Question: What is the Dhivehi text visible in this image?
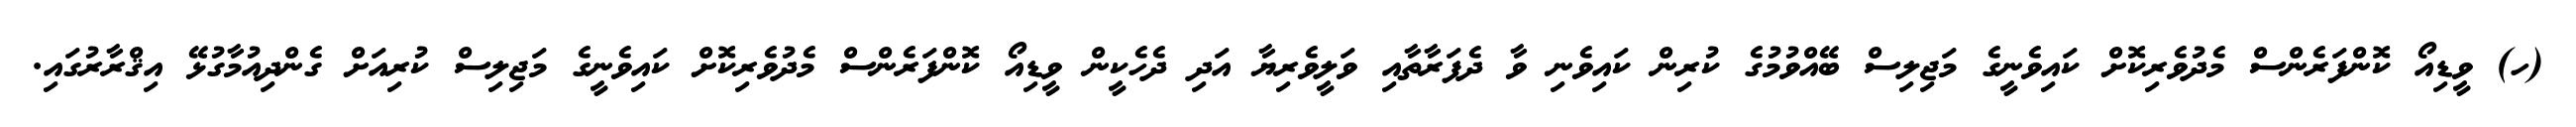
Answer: (ހ) ވީޑިއޯ ކޮންފަރެންސް މެދުވެރިކޮށް ކައިވެނީގެ މަޖިލިސް ބޭއްވުމުގެ ކުރިން ކައިވެނި ވާ ދެފަރާތާއި ވަލީވެރިޔާ އަދި ދެހެކީން ވީޑިއޯ ކޮންފަރެންސް މެދުވެރިކޮށް ކައިވެނީގެ މަޖިލިސް ކުރިއަށް ގެންދިއުމާގުޅޭ އިޤްރާރުގައި.